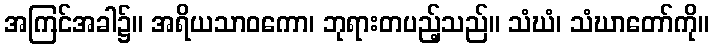
အကြင်အခါ၌။ အရိယသာဝကော၊ ဘုရားတပည့်သည်။ သံဃံ၊ သံဃာတော်ကို။